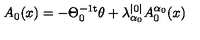
A _ { 0 } ( x ) = - \Theta _ { 0 } ^ { - 1 \mathrm { t } } \theta + \lambda _ { \alpha _ { 0 } } ^ { | 0 | } A _ { 0 } ^ { \alpha _ { 0 } } ( x )